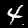
Label: 4